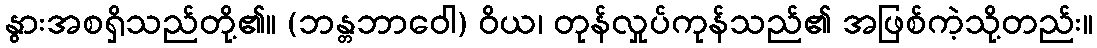
နွားအစရှိသည်တို့၏။ (ဘန္တဘာဝေါ) ဝိယ၊ တုန်လှုပ်ကုန်သည်၏ အဖြစ်ကဲ့သို့တည်း။